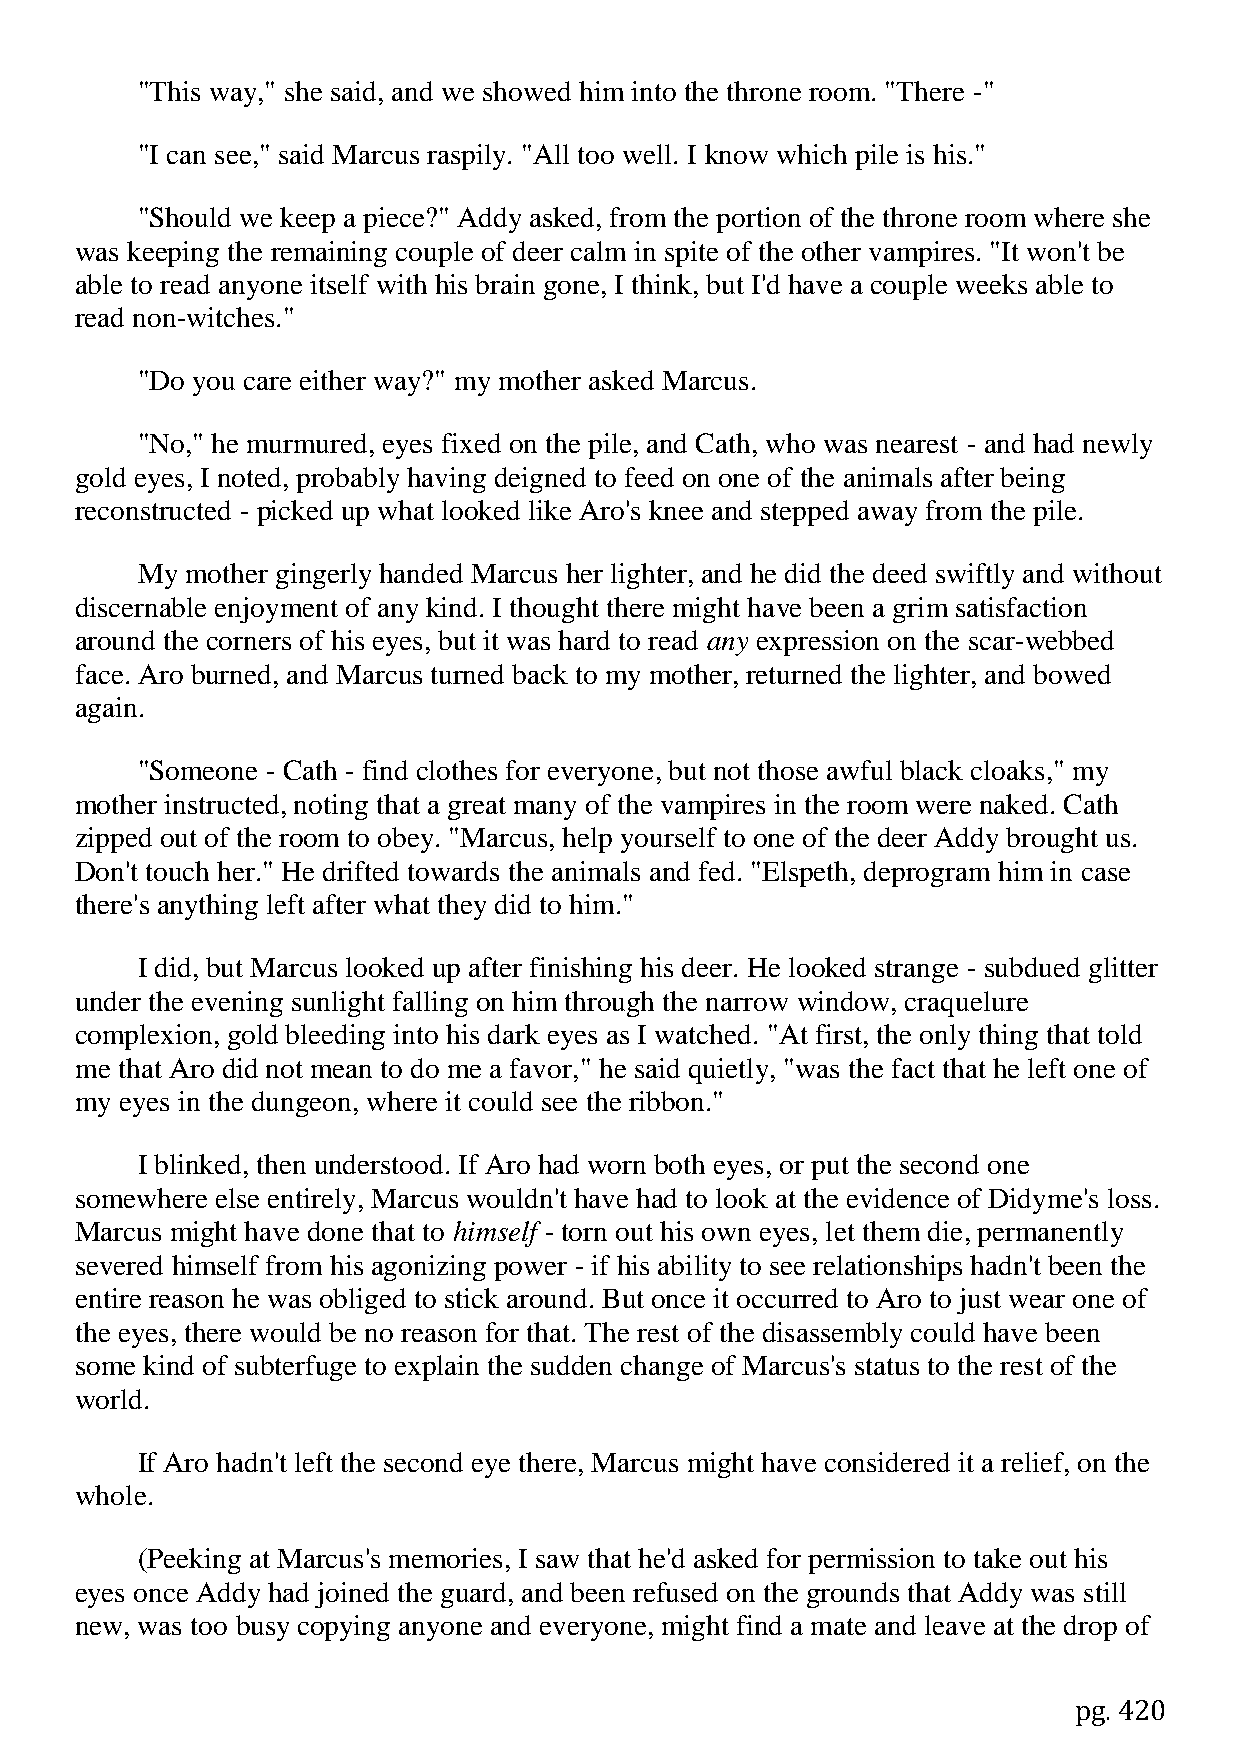
"This way," she said, and we showed him into the throne room. "There -"
 "I can see," said Marcus raspily. "All too well. I know which pile is his."
 "Should we keep a piece?" Addy asked, from the portion of the throne room where she
 was keeping the remaining couple of deer calm in spite of the other vampires. "It won't be
 able to read anyone itself with his brain gone, I think, but I'd have a couple weeks able to
 read non-witches."
 "Do you care either way?" my mother asked Marcus.
 "No," he murmured, eyes fixed on the pile, and Cath, who was nearest - and had newly
 gold eyes, I noted, probably having deigned to feed on one of the animals after being
 reconstructed - picked up what looked like Aro's knee and stepped away from the pile.
 My mother gingerly handed Marcus her lighter, and he did the deed swiftly and without
 discernable enjoyment of any kind. I thought there might have been a grim satisfaction
 around the corners of his eyes, but it was hard to read any expression on the scar-webbed
 face. Aro burned, and Marcus turned back to my mother, returned the lighter, and bowed
 again.
 "Someone - Cath - find clothes for everyone, but not those awful black cloaks," my
 mother instructed, noting that a great many of the vampires in the room were naked. Cath
 zipped out of the room to obey. "Marcus, help yourself to one of the deer Addy brought us.
 Don't touch her." He drifted towards the animals and fed. "Elspeth, deprogram him in case
 there's anything left after what they did to him."
 I did, but Marcus looked up after finishing his deer. He looked strange - subdued glitter
 under the evening sunlight falling on him through the narrow window, craquelure
 complexion, gold bleeding into his dark eyes as I watched. "At first, the only thing that told
 me that Aro did not mean to do me a favor," he said quietly, "was the fact that he left one of
 my eyes in the dungeon, where it could see the ribbon."
 I blinked, then understood. If Aro had worn both eyes, or put the second one
 somewhere else entirely, Marcus wouldn't have had to look at the evidence of Didyme's loss.
 Marcus might have done that to himself - torn out his own eyes, let them die, permanently
 severed himself from his agonizing power - if his ability to see relationships hadn't been the
 entire reason he was obliged to stick around. But once it occurred to Aro to just wear one of
 the eyes, there would be no reason for that. The rest of the disassembly could have been
 some kind of subterfuge to explain the sudden change of Marcus's status to the rest of the
 world.
 If Aro hadn't left the second eye there, Marcus might have considered it a relief, on the
 whole.
 (Peeking at Marcus's memories, I saw that he'd asked for permission to take out his
 eyes once Addy had joined the guard, and been refused on the grounds that Addy was still
 new, was too busy copying anyone and everyone, might find a mate and leave at the drop of
 pg. 420